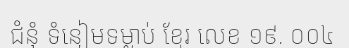
ជំនុំ ទំនៀមទម្លាប់ ខ្មែរ លេខ ១៩. ០០៤